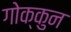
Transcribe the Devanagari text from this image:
गोक्कुन